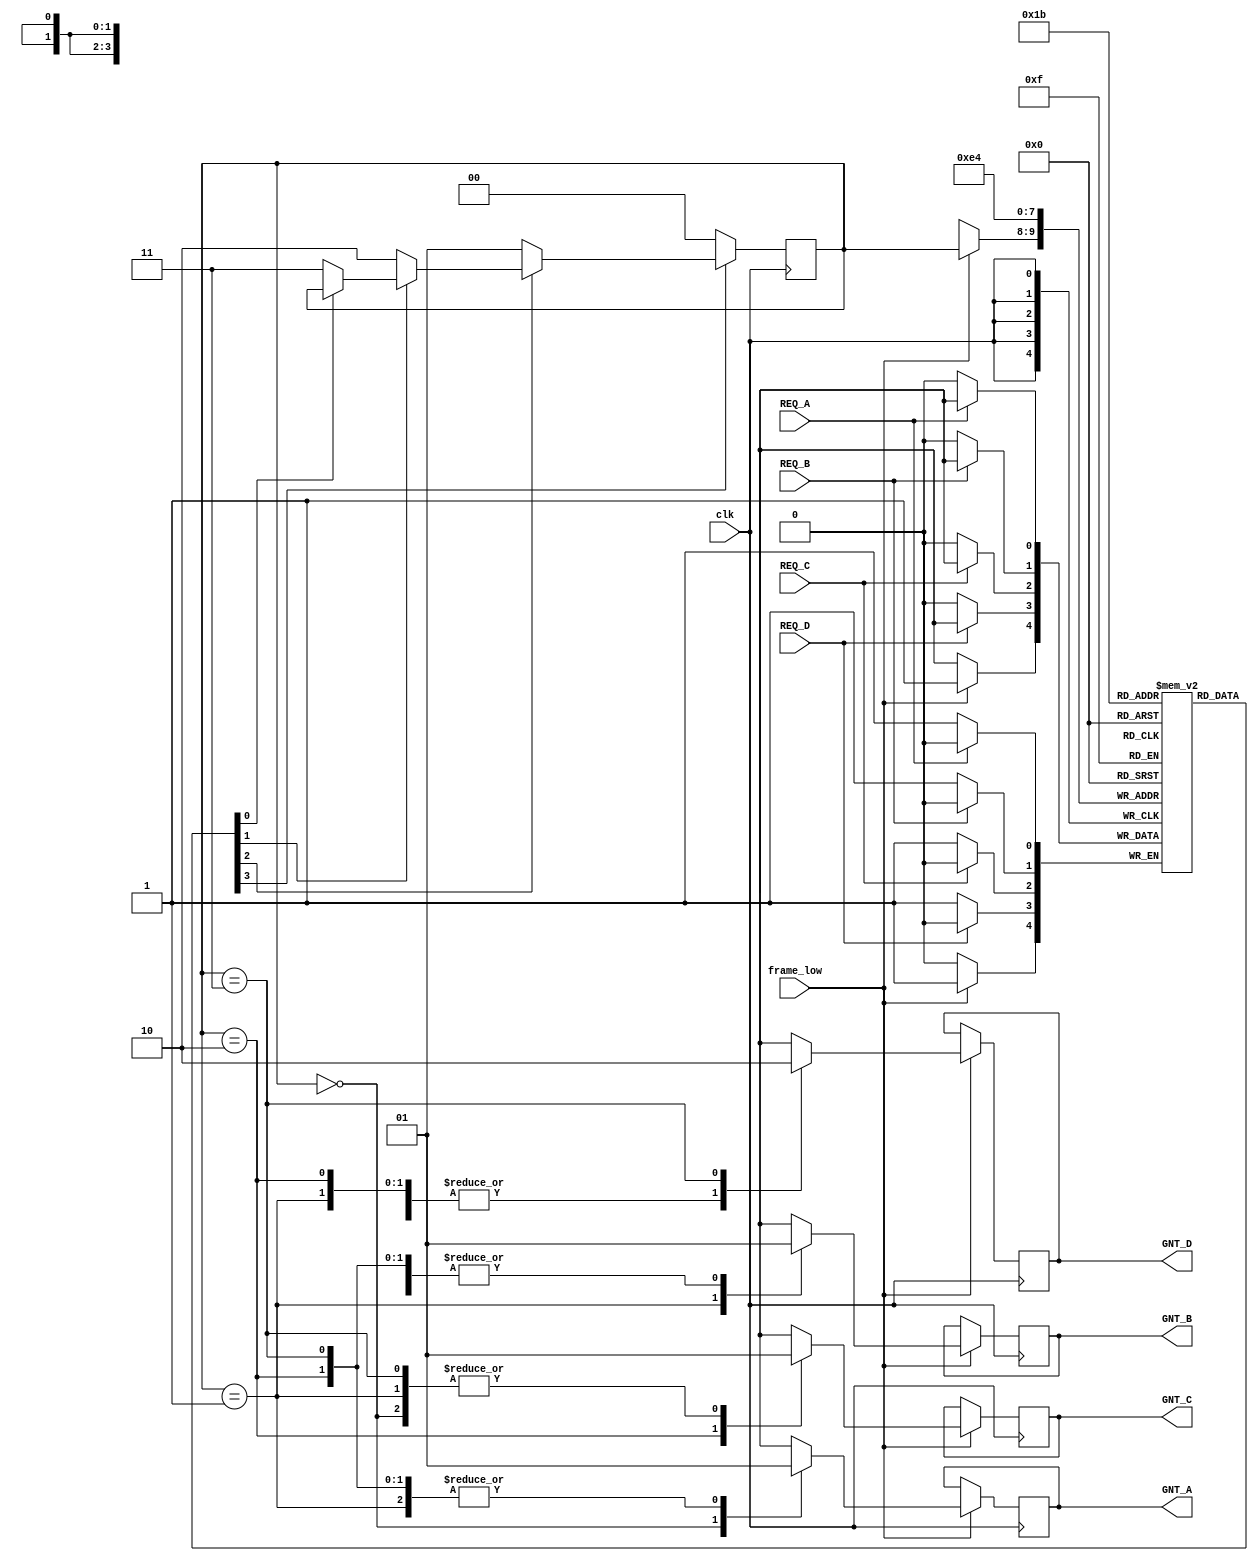
module arbiter_1
( 
input clk,
input REQ_A, 
input REQ_B, 
input REQ_C,
input REQ_D,
input frame_low,
output reg GNT_A, 
output reg GNT_B, 
output reg GNT_C,
output reg GNT_D
);
//////////////////////////////////////////////Active looooooooooooooooooowhhhhhhhhhhhhhhhhhhhhhhh
reg [1:0] next_master;// the next one to get the bus
reg [0:0] mem [0:3]; // queue the requests

always @(posedge clk)//negedge
begin
if(REQ_A==0)
begin
mem[0][0]<=REQ_A;
end


if(REQ_B==0)
begin
mem[1][0]<=REQ_B;
end


if(REQ_C==0)
begin
mem[2][0]<=REQ_C;
end


if(REQ_D==0)
begin
mem[3][0]<=REQ_D;
end
	if ( !(mem[0][0] & 1'b1)  )
	begin
	next_master<=0;
	
	end

	else if ( !(mem[1][0] & 1'b1) )
        begin
        next_master<=1;
	
        end

        else if ( !(mem[2][0] & 1'b1) )
	begin
        next_master<=2;
	end

	else if ( !(mem[3][0] & 1'b1) )
	begin
        next_master<=3;
	end

if(frame_low==1) // bit we take next master then we clear it
begin 
mem[next_master][0]<=1'b1;
end
end

always@(negedge clk)
begin 
if(frame_low)
begin 
case(next_master)
0: begin 
GNT_A <= 0;
GNT_B <= 1;
GNT_C <= 1;
GNT_D <= 1; 
//mem[0][0]<=1'b1;
end

1: begin
GNT_A <= 1;
GNT_B <= 0;
GNT_C <= 1;
GNT_D <= 1;
//mem[1][0]<=1'b1;
        
end

2: begin
GNT_A <= 1;
GNT_B <= 1;
GNT_C <= 0;
GNT_D <= 1;
//mem[2][0]<=1'b1;
end

3: begin
GNT_A <= 1;
GNT_B <= 1;
GNT_C <= 1;
GNT_D <= 0;
//mem[3][0]<=1'b1;
end
endcase
end
end


endmodule